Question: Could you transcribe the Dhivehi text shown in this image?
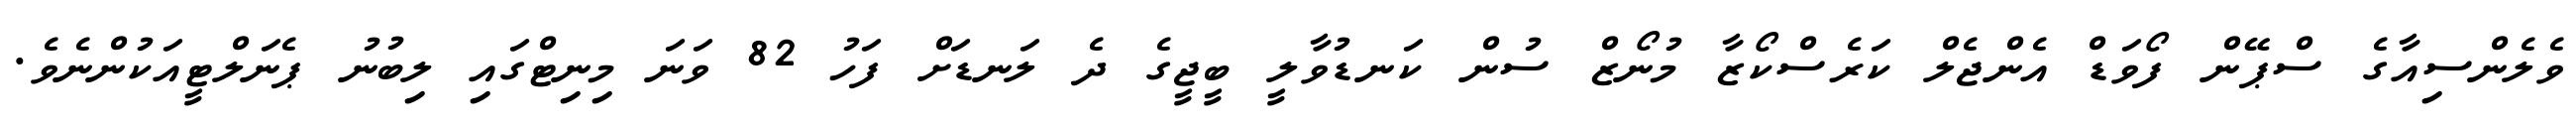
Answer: ވެލެންސިއާގެ ސްޕޭން ފޯވަޑް އެންޖެލް ކަރެސްކޯޒާ މުނޯޒް ސުން ކަނޑުވާލީ ބީޖީގެ ދެ ލަނޑަށް ފަހު 82 ވަނަ މިނިޓްގައި ލިބުނު ޕެނަލްޓީއަކުންނެވެ.